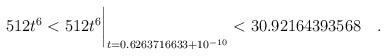
LaTeX: \begin{align*}512 t^6 < 512 t^6\biggr\rvert_{t=0.6263716633 + 10^{-10}} < 30.92164393568\quad. \end{align*}